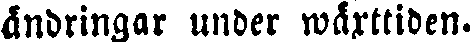
ändringar under wårttiden.